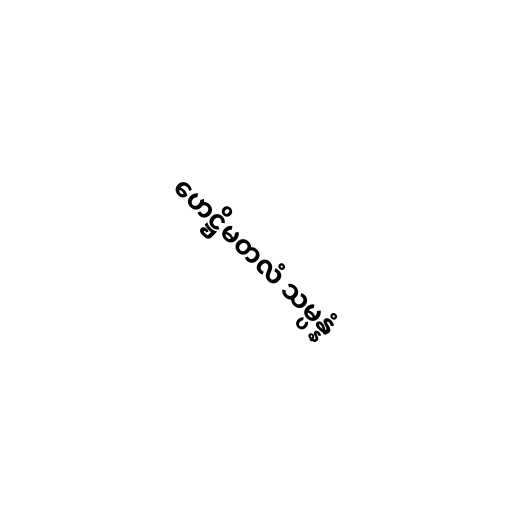
ဟေဋ္ဌိမတလံ သမ္ပန္နံ